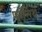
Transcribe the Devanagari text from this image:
फॉर्सिथे